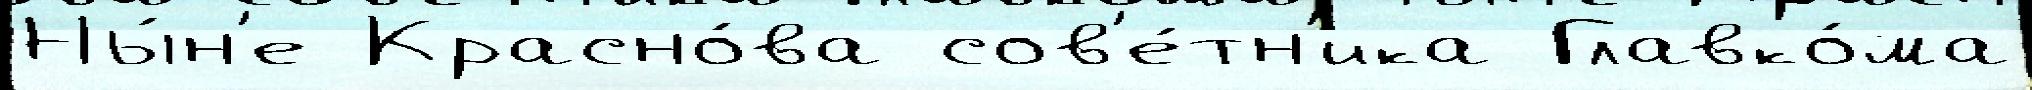
Ны́н'е Красно́ва сов'е́тн'ика Главко́ма